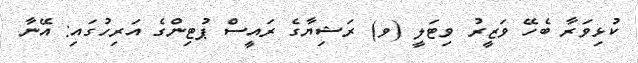
ކުޅިވަރާ ބެހޭ ވަޒީރު ވިޓަލީ (ވ) ރަޝިޔާގެ ރައީސް ޕުޓިންގެ އަރިހުގައި: އޭނާ